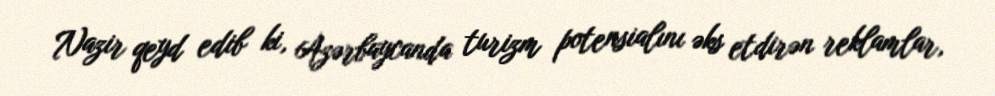
Nazir qeyd edib ki, Azərbaycanda turizm potensialını əks etdirən reklamlar,